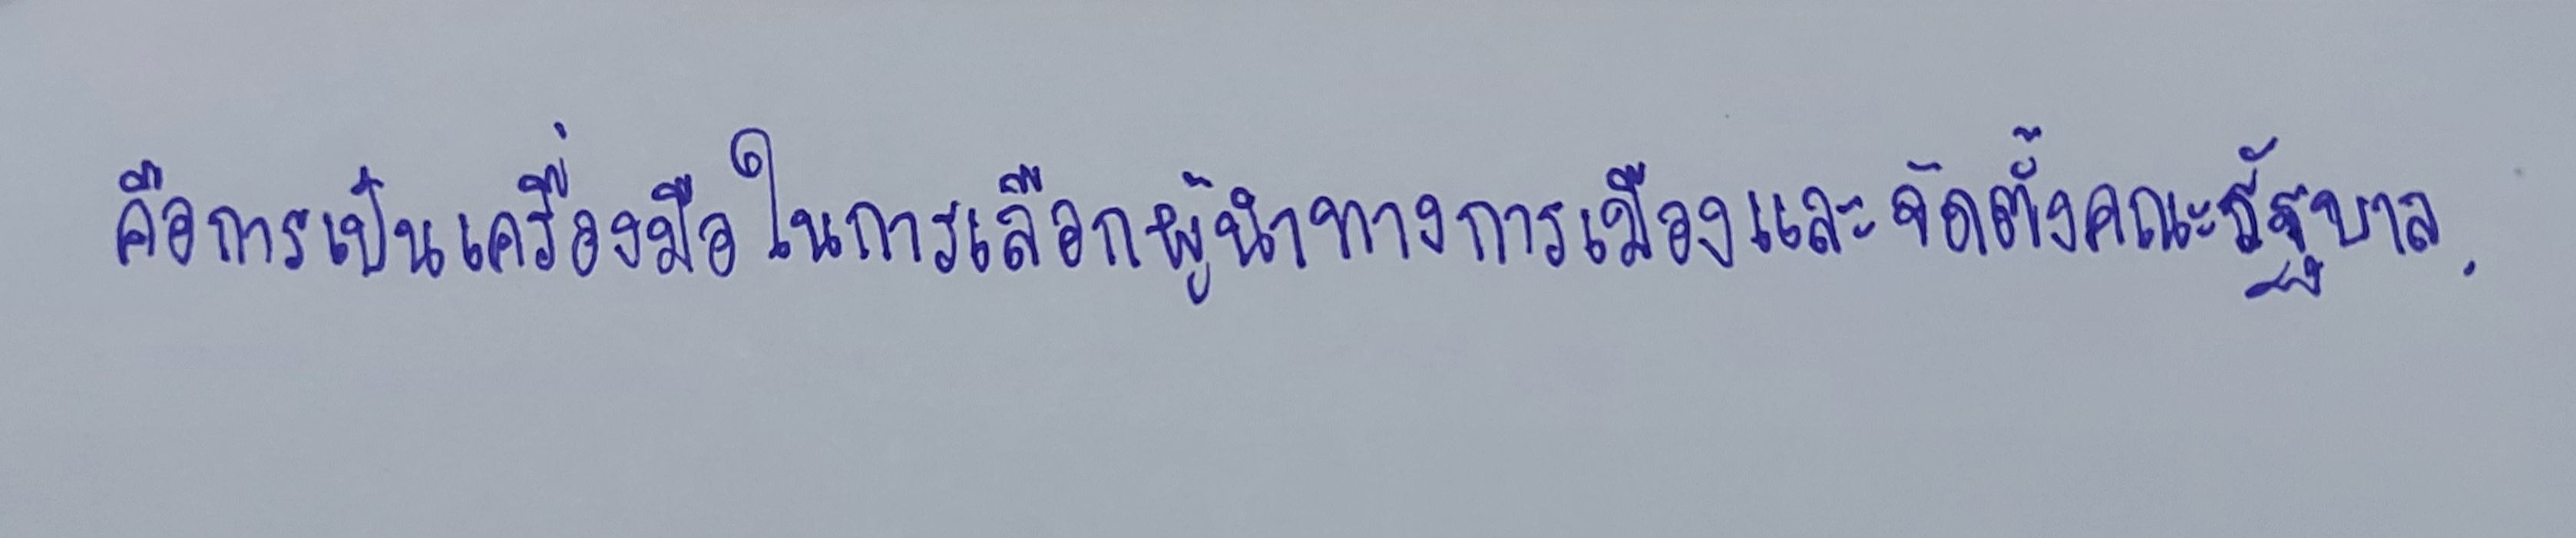
คือการเป็นเครื่องมือในการเลือกผู้นำทางการเมืองและจัดตั้งคณะรัฐบาล.